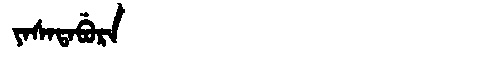
Manchu: ᠶᠠᠰᠠᡨᠠᠪᡠᡵᠠ
Romanization: YASATABURA